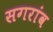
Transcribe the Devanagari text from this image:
सगरांव